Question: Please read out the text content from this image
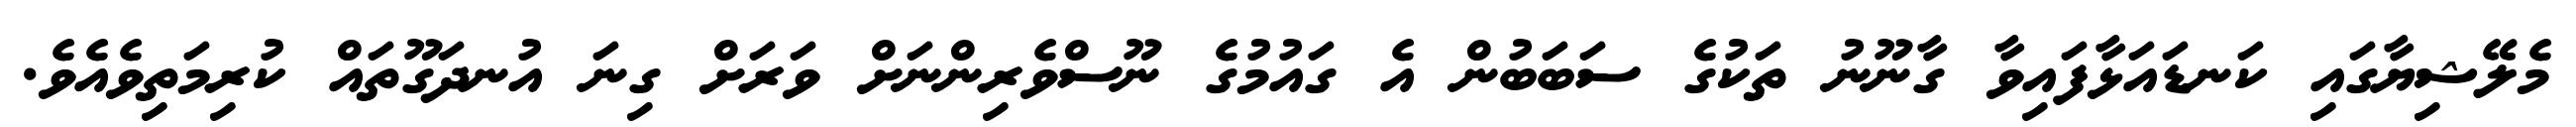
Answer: މެލޭޝިޔާގައި ކަނޑައަޅާފައިވާ ގާނޫނު ތަކުގެ ސަބަބުން އެ ގައުމުގެ ނޫސްވެރިންނަށް ވަރަށް ގިނަ އުނދަގޫތައް ކުރިމަތިވެއެވެ.